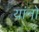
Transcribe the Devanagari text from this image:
यांनो